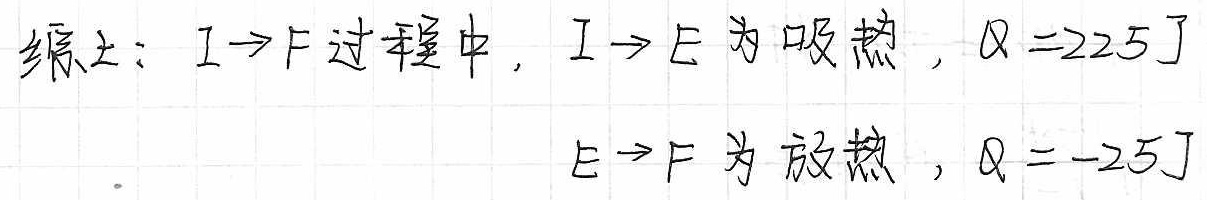
综上：$I\rightarrow F$过程中，$I\rightarrow E$为吸热，$Q = 225J$
$E\rightarrow F$为放热，$Q=-25J$